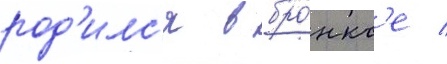
род'илс'я в бро́нкс'е /